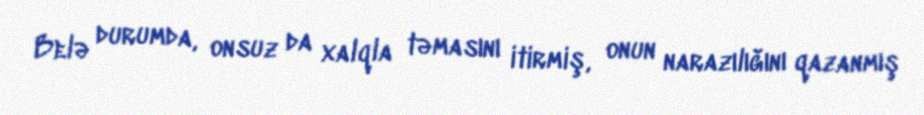
Belə durumda, onsuz da xalqla təmasını itirmiş, onun narazılığını qazanmış